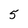
Character: 5